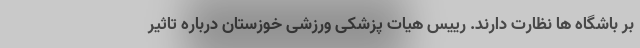
بر باشگاه ها نظارت دارند. رییس هیات پزشکی ورزشی خوزستان درباره تاثیر